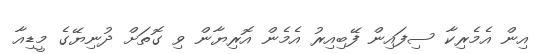
އިން އެމެރިކާ ސިފައިން ފޭބިއިރު އެމެން އޮރިޔާން ވި ގޮތަށް ދުނިޔޭގެ މީޑިއާ